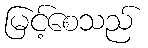
မြင့်စေသည်